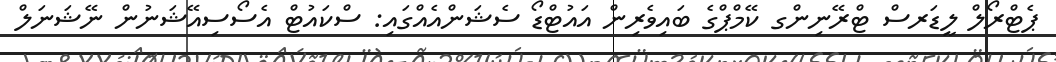
ޕެޓްރޯލް ލީޑަރސް ޓްރޭނިންގ ކޭމްޕްގެ ބައިވެރިން އައުޓްޑޯ ސެޝަންއެއްގައި: ސްކައުޓް އެސޯސިއޭޝަނުން ނޭޝަނަލް